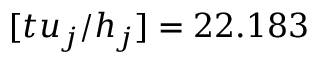
[ t u _ { j } / h _ { j } ] = 2 2 . 1 8 3